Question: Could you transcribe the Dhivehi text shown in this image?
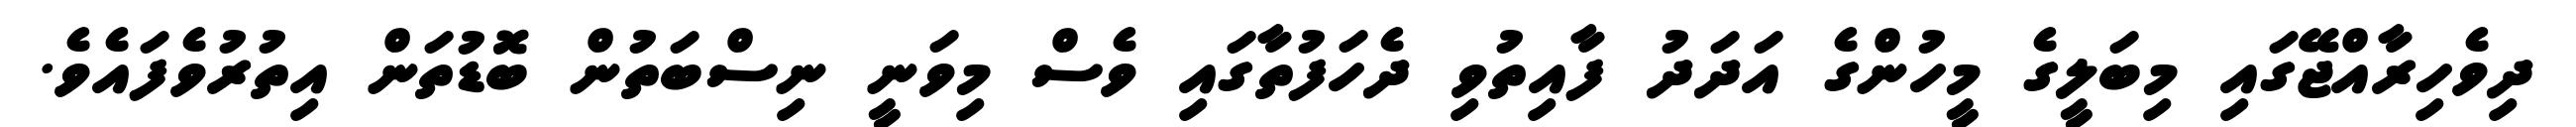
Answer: ދިވެހިރާއްޖޭގައި މިބަލީގެ މީހުންގެ އަދަދު ފާއިތުވި ދެހަފުތާގައި ވެސް މިވަނީ ނިސްބަތުން ބޮޑުތަން އިތުރުވެފައެވެ.